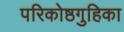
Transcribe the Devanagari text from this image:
परिकोष्ठगुहिका